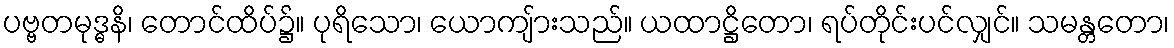
ပဗ္ဗတမုဒ္ဓနိ၊ တောင်ထိပ်၌။ ပုရိသော၊ ယောကျ်ားသည်။ ယထာဋ္ဌိတော၊ ရပ်တိုင်းပင်လျှင်။ သမန္တတော၊